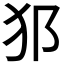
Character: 𤜡